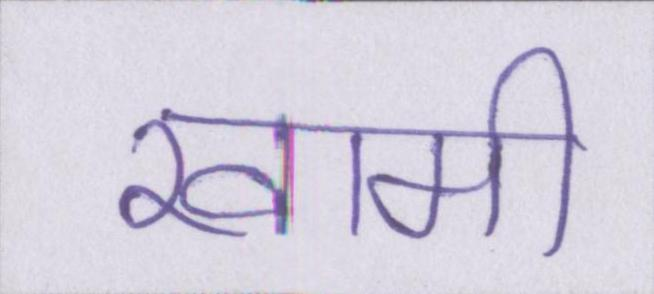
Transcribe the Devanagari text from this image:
खामी